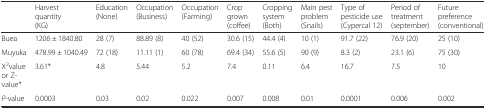
|  | Harvest quantity (KG) | Education (None) | Occupation (Business) | Occupation (Farming) | Crop grown (coffee) | Cropping system (Both) | Main pest problem (Snails) | Type of pesticide use (Cypercal 12) | Period of treatment (september) | Future preference (conventional) |
 | --- | --- | --- | --- | --- | --- | --- | --- | --- | --- | --- |
 | Buea | 1206 ± 1840.80 | 28 (7) | 88.89 (8) | 40 (52) | 30.6 (15) | 44.4 (4) | 10 (1) | 91.7 (22) | 76.9 (20) | 25 (10) |
 | Muyuka | 478.99 ± 1040.49 | 72 (18) | 11.11 (1) | 60 (78) | 69.4 (34) | 55.6 (5) | 90 (9) | 8.3 (2) | 23.1 (6) | 75 (30) |
 | X2value or Z-value* | 3.61* | 4.8 | 5.44 | 5.2 | 7.4 | 0.11 | 6.4 | 16.7 | 7.5 | 10 |
 | P-value | 0.0003 | 0.03 | 0.02 | 0.022 | 0.007 | 0.008 | 0.01 | 0.0001 | 0.006 | 0.002 |